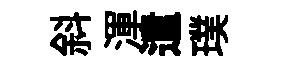
斜渾遣璞